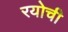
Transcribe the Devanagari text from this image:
रयोची